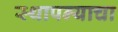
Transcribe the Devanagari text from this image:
स्थापन्याचा